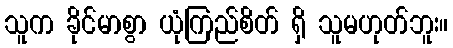
သူက ခိုင်မာစွာ ယုံကြည်စိတ် ရှိ သူမဟုတ်ဘူး။